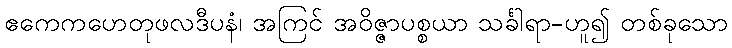
ဧကေကဟေတုဖလဒီပနံ၊ အကြင် အဝိဇ္ဇာပစ္စယာ သင်္ခါရာ-ဟူ၍ တစ်ခုသော